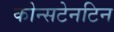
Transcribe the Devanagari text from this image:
कोन्सटेनटिन